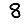
Digit: 8